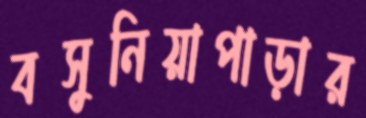
বসুনিয়াপাড়ার